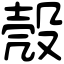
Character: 殼